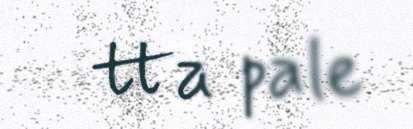
tta pale